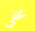
مخفي